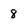
Character: 8